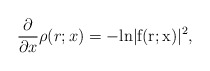
\begin{align*}\frac{\partial}{\partial x}\rho (r;x)=- \rm{ln}|f(r;x)|^2,\end{align*}